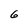
Character: 6